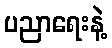
ပညာရေးနဲ့